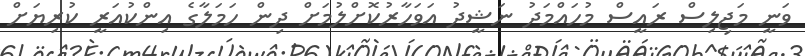
ވަނީ މަޖިލިސް ރައީސް މުހައްމަދު ނަޝީދު އަވަހާރުކޮށްލުމަށް ދިން ހަމަލާގެ އިންކުއަރީ ކުރިޔަށް